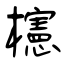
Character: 櫶